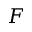
F